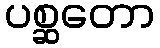
ပစ္ဆတော